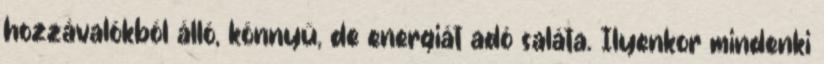
hozzávalókból álló, könnyű, de energiát adó saláta. Ilyenkor mindenki